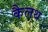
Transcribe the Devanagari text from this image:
कैलथ